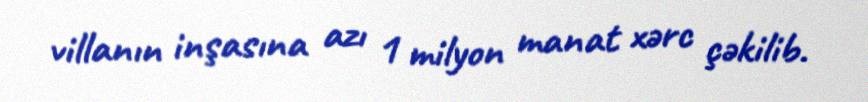
villanın inşasına azı 1 milyon manat xərc çəkilib.